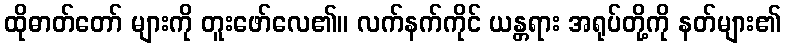
ထိုဓာတ်တော် များကို တူးဖော်လေ၏။ လက်နက်ကိုင် ယန္တရား အရုပ်တို့ကို နတ်များ၏